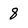
Character: 8